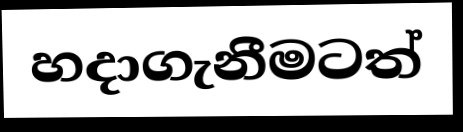
හදාගැනීමටත්